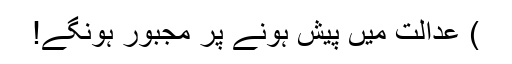
) عدالت میں پیش ہونے پر مجبور ہونگے!